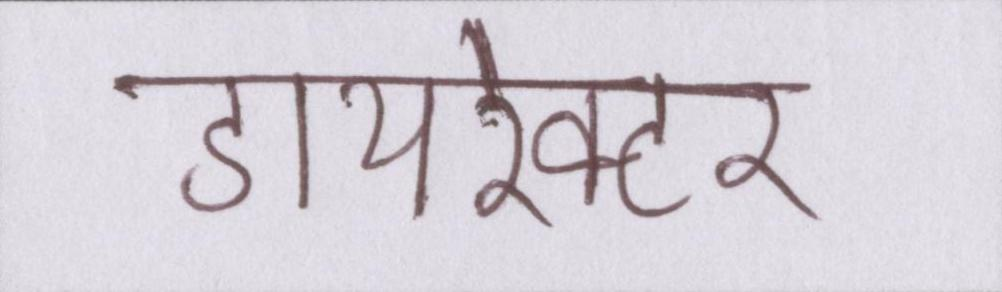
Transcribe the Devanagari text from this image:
डायरेक्टर